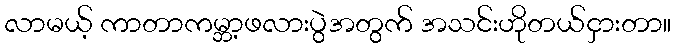
လာမယ့် ကာတာကမ္ဘာ့ဖလားပွဲအတွက် အသင်းဟိုတယ်ငှားတာ။